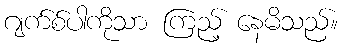
ဂျက်စ်ပါကိုသာ ကြည့် နေမိသည်။